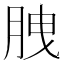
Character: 𦛈